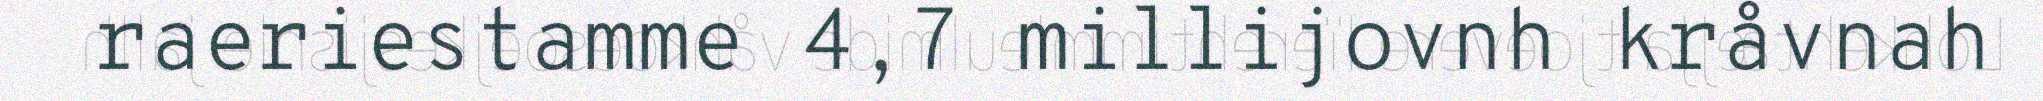
raeriestamme 4,7 millijovnh kråvnah